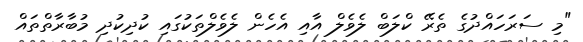
"މި ސަރަހައްދުގެ ތެރޭ ކްލަބް ލެވެލް އާއި އެހެން ލެވެލްތަކުގައި ކުދިކުދި މުބާރާތްތައް